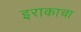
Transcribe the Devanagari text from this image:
इराकाचा